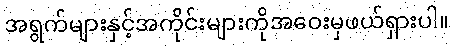
အရွက်များနှင့်အကိုင်းများကိုအဝေးမှဖယ်ရှားပါ။